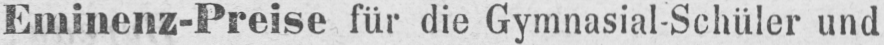
Eminenz-Preise für die Gymnasial Schüler und